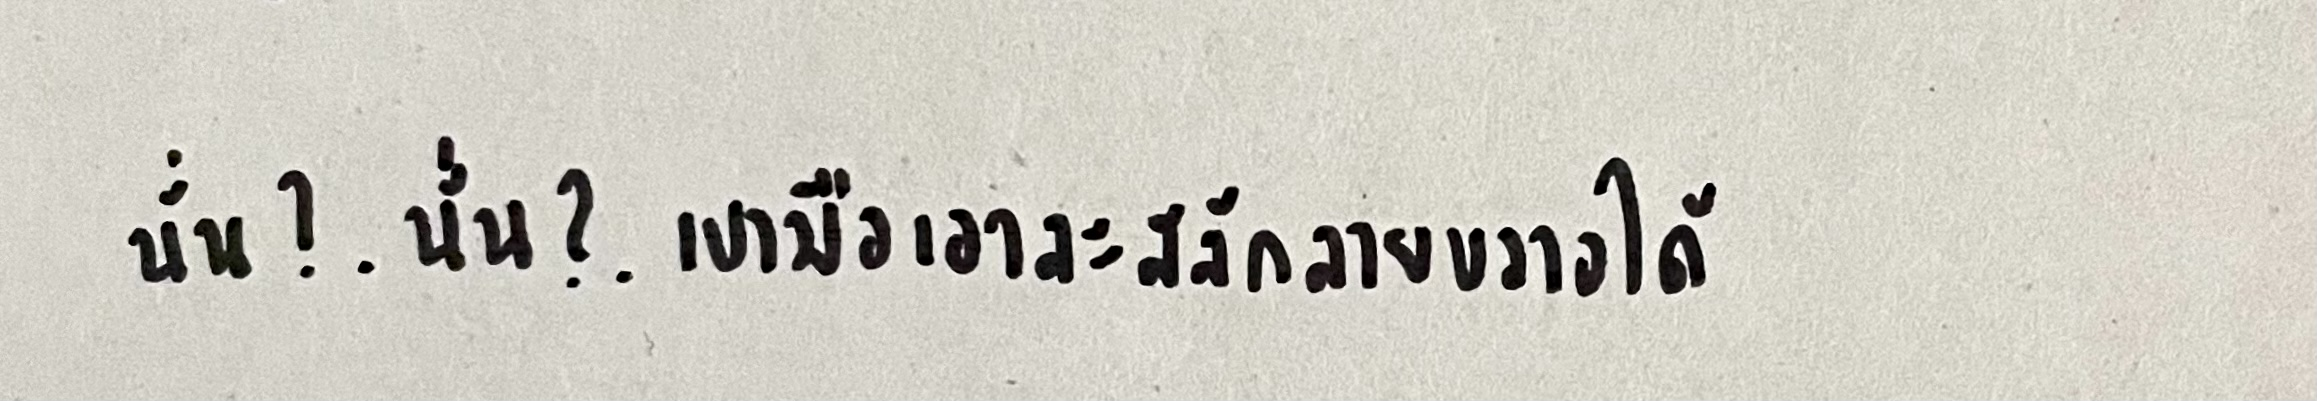
นั่น?.นั่น?.เบามือเอาละสลักลายขวางได้